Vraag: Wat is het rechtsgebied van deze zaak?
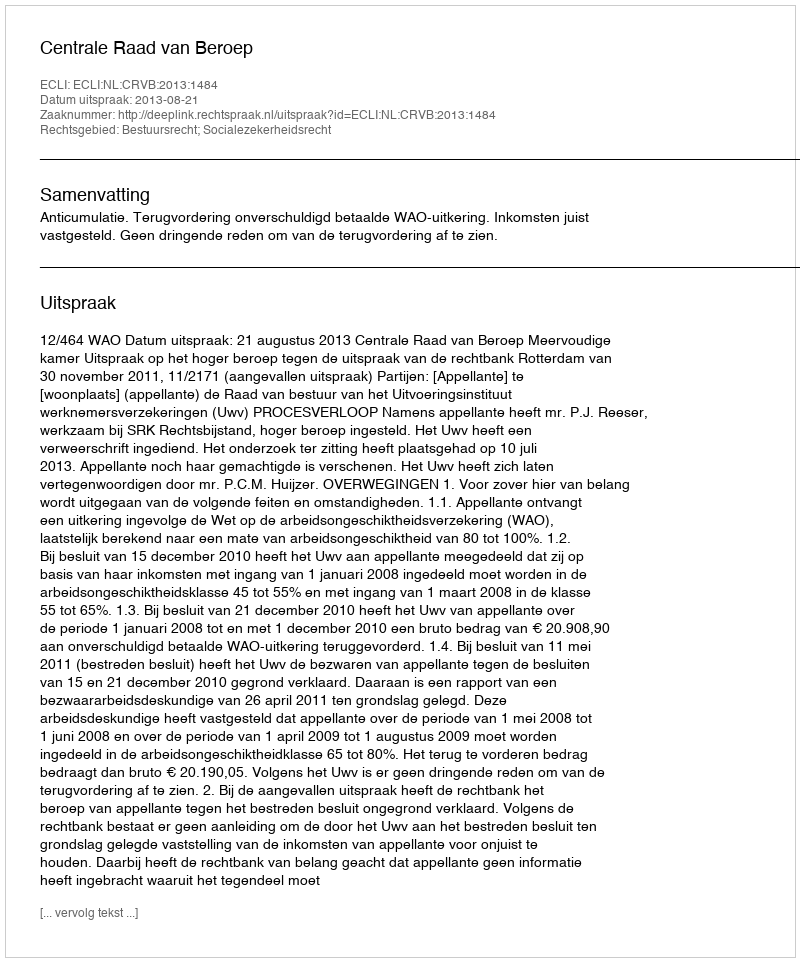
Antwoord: Bestuursrecht; Socialezekerheidsrecht